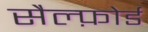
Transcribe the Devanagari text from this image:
सैल्फ़ोर्ड